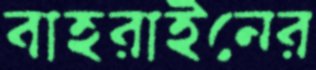
বাহরাইনের